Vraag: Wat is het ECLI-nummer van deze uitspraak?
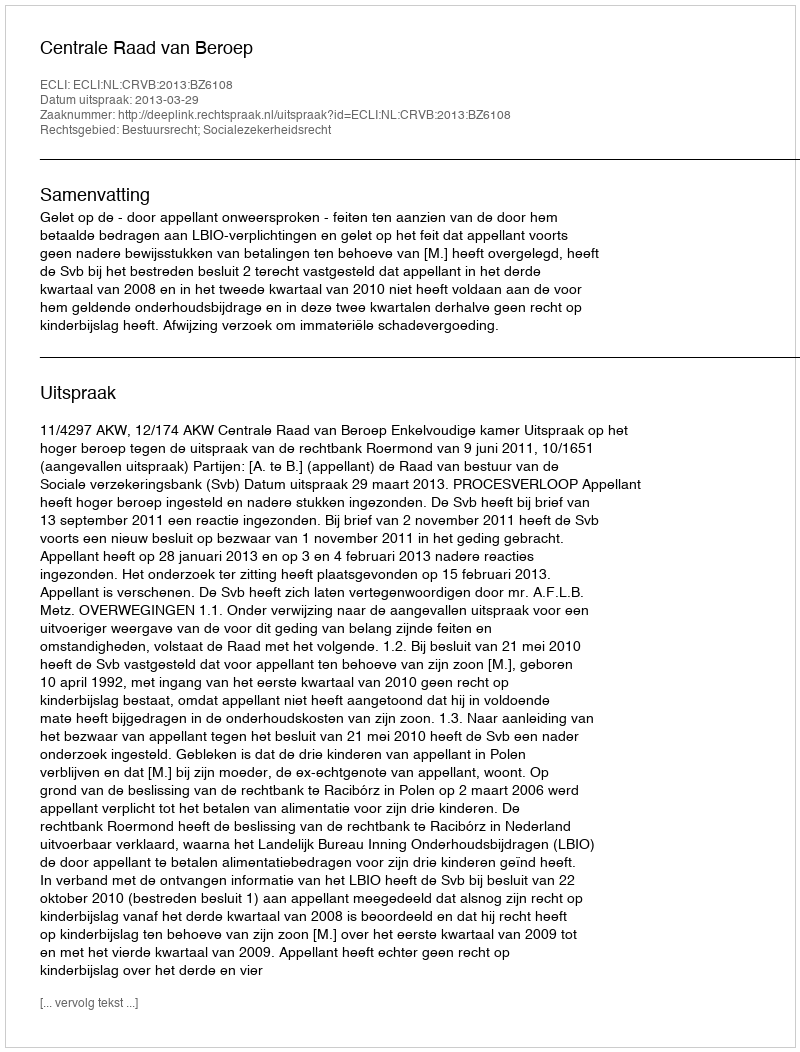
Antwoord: ECLI:NL:CRVB:2013:BZ6108